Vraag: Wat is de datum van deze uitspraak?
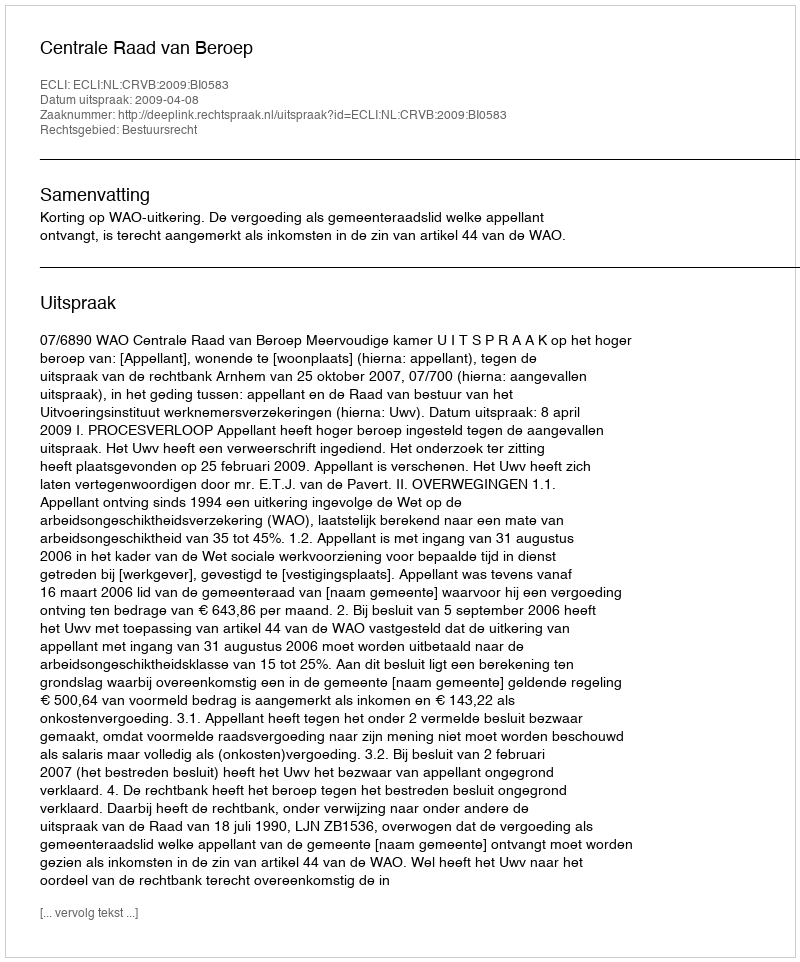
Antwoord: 2009-04-08